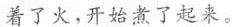
着了火，开始煮了起来。